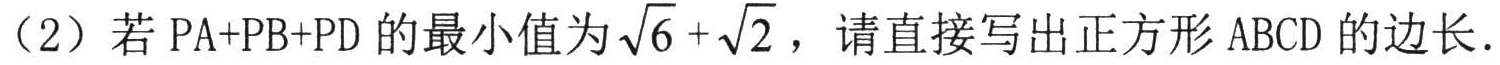
（2）若 \(PA + PB+PD\) 的最小值为 \(\sqrt{6}+\sqrt{2}\)，请直接写出正方形 \(ABCD\) 的边长．